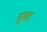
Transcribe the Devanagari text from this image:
सूखद